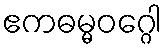
ဧကဓမ္မဝဂ္ဂေါ